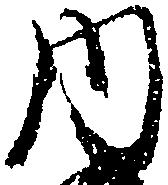
内